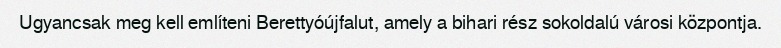
Ugyancsak meg kell említeni Berettyóújfalut, amely a bihari rész sokoldalú városi központja.